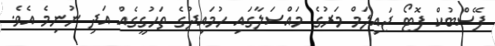
ފޭސްބުކް ފޮޓޯ ޖައިލަމް މަރުގެ މައްސަލާގައި ހުމައިދުގެ ތަހުގީގެއް އަދި ނުނިމެ އެވެ.